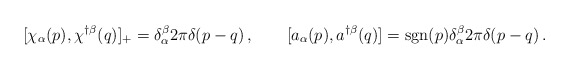
\begin{align*}[ \chi_{\alpha}(p) , \chi^{\dagger\beta} ( q) ]_+ = \delta^{\beta}_{\alpha} 2\pi \delta( p - q) \, , \qquad [a_{\alpha}(p), a^{\dagger\beta} (q)] = {\rm sgn} (p)\delta^{\beta}_{\alpha}2\pi\delta(p -q) \, .\end{align*}